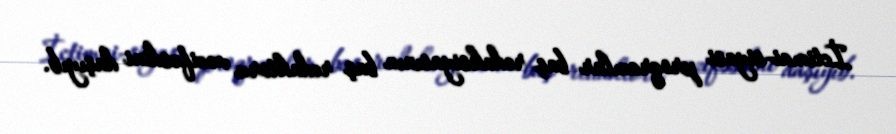
İctimai-siyasi proqramlar baş redaksiyasının baş redaktoru vəzifəsdini daşıyıb.